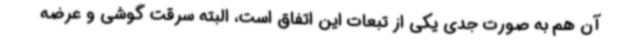
آن هم به صورت جدی یکی از تبعات این اتفاق است، ‌البته سرقت گوشی و عرضه